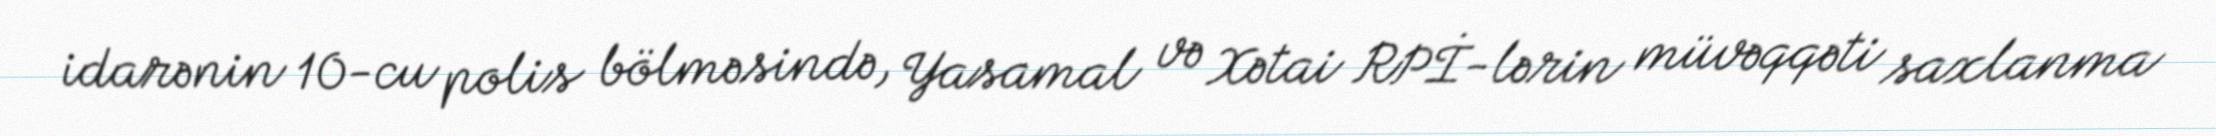
idarənin 10-cu polis bölməsində, Yasamal və Xətai RPİ-lərin müvəqqəti saxlanma